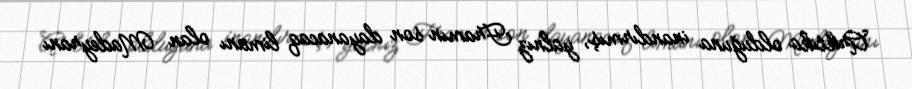
Arktika olduğuna inandırmış, yalnız Framın son dayanacaq limanı olan Madeyranı